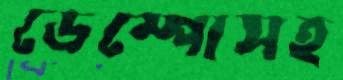
ডেম্পোসহ